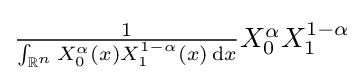
{\textstyle {\frac {1}{\int _{\mathbb {R} ^{n}}X_{0}^{\alpha }(x)X_{1}^{1-\alpha }(x)\,{\text{d}}x}}X_{0}^{\alpha }X_{1}^{1-\alpha }}